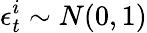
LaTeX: \epsilon_{t}^{i}\sim N(0,1)